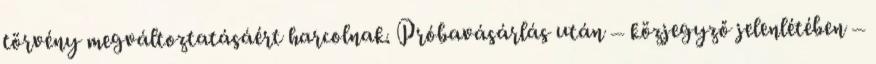
törvény megváltoztatásáért harcolnak. Próbavásárlás után – közjegyző jelenlétében –